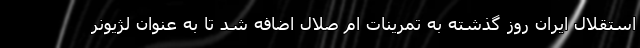
استقلال ایران روز گذشته به تمرینات ام صلال اضافه شد تا به عنوان لژیونر